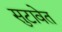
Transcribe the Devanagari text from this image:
सुटावेत